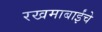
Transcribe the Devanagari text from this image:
रखमाबाईंचे